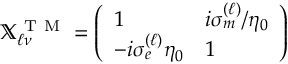
\mathbb { X } _ { \ell \nu } ^ { \mathrm { ~ T ~ M ~ } } = \left( \begin{array} { l l } { 1 } & { i \sigma _ { m } ^ { ( \ell ) } / \eta _ { 0 } } \\ { - i \sigma _ { e } ^ { ( \ell ) } \eta _ { 0 } } & { 1 } \end{array} \right)